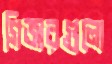
গিজারগুলো